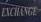
exchange